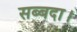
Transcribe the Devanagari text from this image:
सब्बदा।